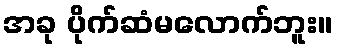
အခု ပိုက်ဆံမလောက်ဘူး။